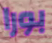
بورا